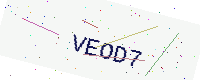
Text: VEOD7